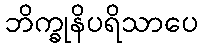
ဘိက္ခုနိပရိသာပေ